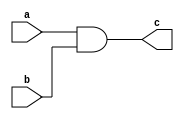
/**
logical and operation
**/
module int8_and(a, b, c);
    input[7:0] a, b;

    output [7:0] c;

    assign c=a&b;
endmodule

/**
logical or operation
**/
module int8_or(a, b, c);
    input[7:0] a, b;

    output [7:0] c;

    assign c=a|b;
endmodule

/**
logical not operation
**/
module int8_not(a, b);
    input[7:0] a; 

    output[7:0] b;

    assign b=~a;
endmodule

/**
logical xor operation
**/
module int8_xor(a, b, c);
    input[7:0] a, b;

    output [7:0] c;

    assign c=a^b;
endmodule

/**
logical increment operation
**/
module int8_inc(a, b);
    input[7:0] a; 

    output[7:0] b;

    assign b = a + 8'b00000001;
endmodule

/**
logical decrement operation
**/
module int8_dec(a, b);
    input[7:0] a; 

    output[7:0] b;

    assign b = a - 8'b00000001;
endmodule

/**
logical right rotate operation
**/
module int8_ror(a, b, c);
    input[7:0] a;

    output[7:0] b;
    output c;

    assign b = {a[0], a[7:1]};
    assign c = a[0];
endmodule

/**
logical left rotate operation
**/
module int8_rol(a, b, c);
    input[7:0] a;

    output[7:0] b;
    output c;

    assign b = {a[6:0], a[7]};
    assign c = a[7];
endmodule

/**
logical right shift operation
**/
module int8_rsh(a, b, c);
    input[7:0] a;

    output[7:0] b;
    output c;

    assign b = a >> 1;
    assign c = a[0];
endmodule

/**
logical left shift operation
**/
module int8_lsh(a, b, c);
    input[7:0] a;

    output[7:0] b;
    output c;

    assign b = a << 1;
    assign c = a[7];
endmodule